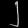
Digit: ၂